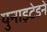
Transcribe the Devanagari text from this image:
युनाइटेडने